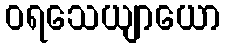
ဝရသေယျာယော